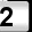
Digit: 2